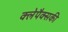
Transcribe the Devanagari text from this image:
क्लेपैक्सकी